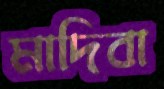
মাদিবা